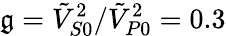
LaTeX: \mathfrak{g}=\tilde{{V}}_{S0}^{2}/\tilde{{V}}_{P0}^{2}=0.3